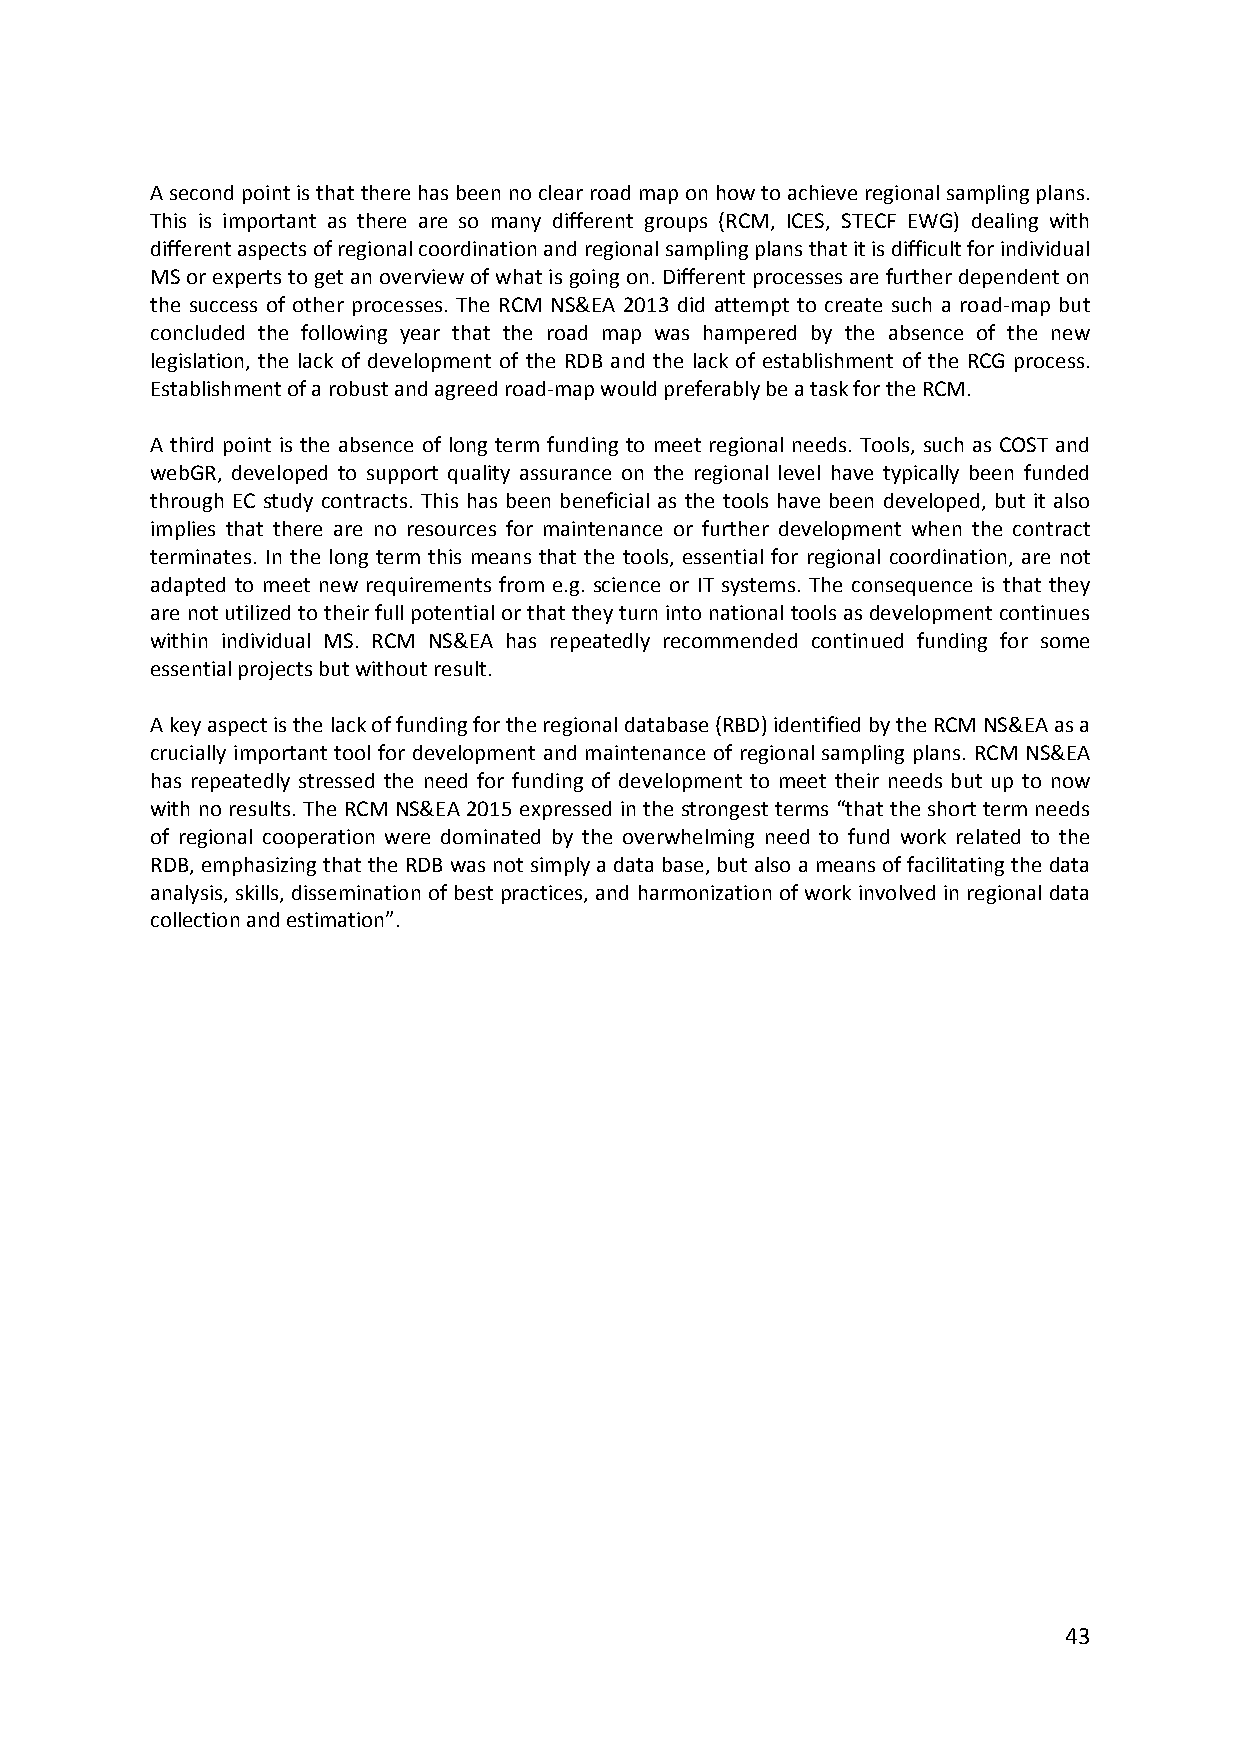
A second point is that there has been no clear road map on how to achieve regional sampling plans.
 This is important as there are so many different groups (RCM, ICES, STECF EWG) dealing with
 different aspects of regional coordination and regional sampling plans that it is difficult for individual
 MS or experts to get an overview of what is going on. Different processes are further dependent on
 the success of other processes. The RCM NS&EA 2013 did attempt to create such a road‐map but
 concluded the following year that the road map was hampered by the absence of the new
 legislation, the lack of development of the RDB and the lack of establishment of the RCG process.
 Establishment of a robust and agreed road‐map would preferably be a task for the RCM.
 A third point is the absence of long term funding to meet regional needs. Tools, such as COST and
 webGR, developed to support quality assurance on the regional level have typically been funded
 through EC study contracts. This has been beneficial as the tools have been developed, but it also
 implies that there are no resources for maintenance or further development when the contract
 terminates. In the long term this means that the tools, essential for regional coordination, are not
 adapted to meet new requirements from e.g. science or IT systems. The consequence is that they
 are not utilized to their full potential or that they turn into national tools as development continues
 within individual MS. RCM NS&EA has repeatedly recommended continued funding for some
 essential projects but without result.
 A key aspect is the lack of funding for the regional database (RBD) identified by the RCM NS&EA as a
 crucially important tool for development and maintenance of regional sampling plans. RCM NS&EA
 has repeatedly stressed the need for funding of development to meet their needs but up to now
 with no results. The RCM NS&EA 2015 expressed in the strongest terms “that the short term needs
 of regional cooperation were dominated by the overwhelming need to fund work related to the
 RDB, emphasizing that the RDB was not simply a data base, but also a means of facilitating the data
 analysis, skills, dissemination of best practices, and harmonization of work involved in regional data
 collection and estimation”.
 43